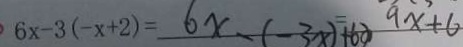
6 x - 3 ( - x + 2 ) = 6 x - ( - 3 x ) = 6 0 ) 9 x + 6